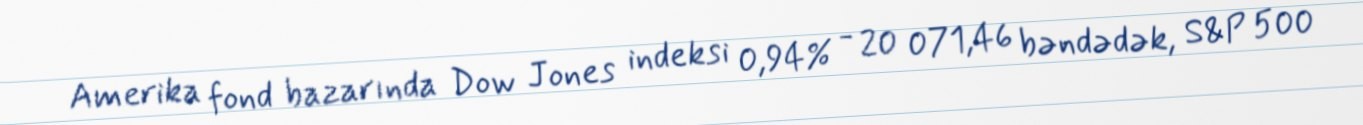
Amerika fond bazarında Dow Jones indeksi 0,94% - 20 071,46 bəndədək, S&P 500